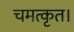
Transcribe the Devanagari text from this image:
चमत्कृत।